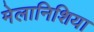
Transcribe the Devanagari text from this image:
मेलानिशिया